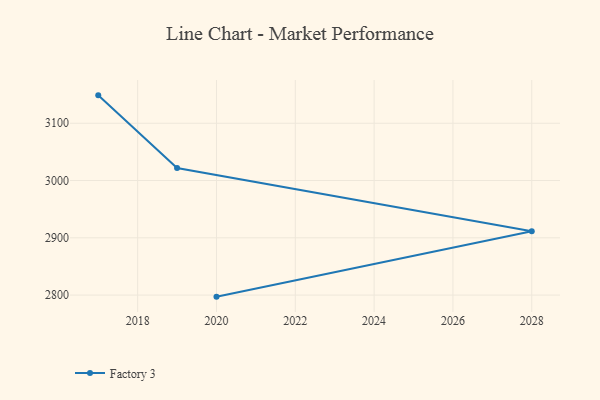
{"axis": {"x": "Year", "y": "LTV (USD)"}, "legend": ["Factory 3"], "data": [{"x": "2020", "y": 2797.3, "type": "Factory 3"}, {"x": "2028", "y": 2911.3, "type": "Factory 3"}, {"x": "2019", "y": 3021.8, "type": "Factory 3"}, {"x": "2017", "y": 3148.7, "type": "Factory 3"}]}